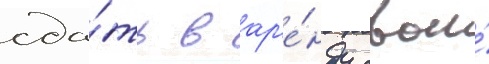
сда́ть в ар'е́нду свои́